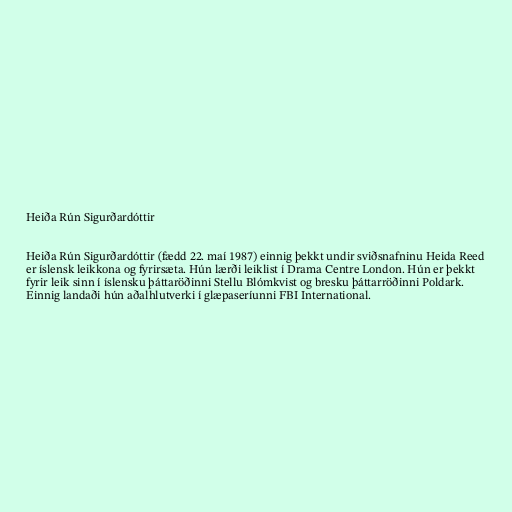
Heiða Rún Sigurðardóttir

Heiða Rún Sigurðardóttir (fædd 22. maí 1987) einnig þekkt undir sviðsnafninu Heida Reed
er íslensk leikkona og fyrirsæta. Hún lærði leiklist í Drama Centre London. Hún er þekkt
fyrir leik sinn í íslensku þáttaröðinni Stellu Blómkvist og bresku þáttarröðinni Poldark.
Einnig landaði hún aðalhlutverki í glæpaseríunni FBI International.